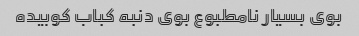
بوی بسیار نامطبوع بوی دنبه کباب کوبیده